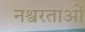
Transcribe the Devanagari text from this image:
नश्वरताओं